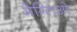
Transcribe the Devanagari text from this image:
मेग्लिओ